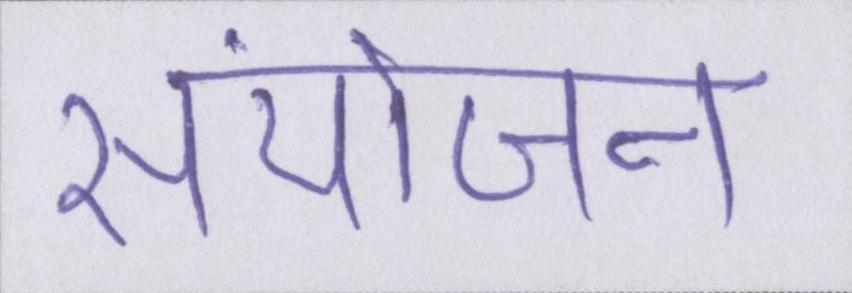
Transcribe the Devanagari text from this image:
संयोजन